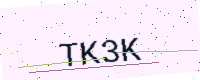
Text: TK3K